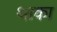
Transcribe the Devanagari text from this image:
थाका